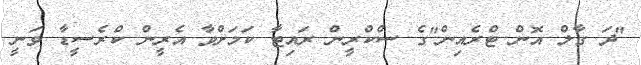
"ދަ ގާލް އޮން ޓްރެއިން"ގެ ސްކްރީން ރައިޓާ ކަމަށްވާ އެރީން ކްރެސީޑާ ވަނީ